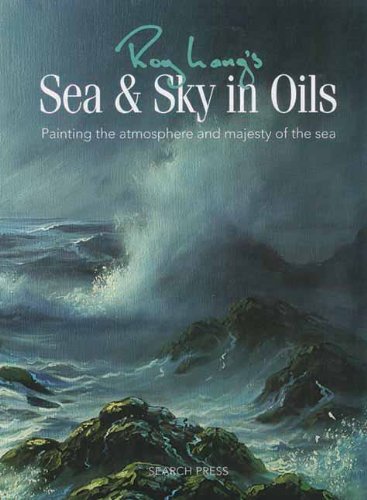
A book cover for Roy Lang's Sea & Sky in Oils: Painting the Atmosphere & Majesty of the Sea; Roy Lang; Arts & Photography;